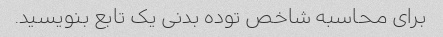
برای محاسبه شاخص توده بدنی یک تابع بنویسید.